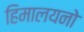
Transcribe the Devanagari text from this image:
हिमालयनो